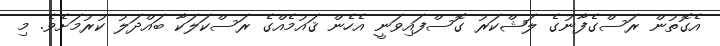
އެގޮތުން ރަސްގެފާނުގެ ލަޝްކަރު ގޮސްފައިވަނީ އެހެން ޤައުމެއްގެ ރަސްކަލަކާ ބައްދަލު ކުރުމަށެވެ. މި